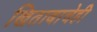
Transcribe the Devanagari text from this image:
खिताबाचेही